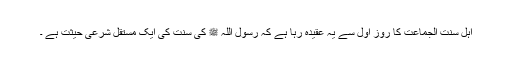
اہل سنت الجماعت کا روزِ اول سے یہ عقیدہ رہا ہے کہ رسول اللہ ﷺ کی سنت کی ایک مستقل شرعی حیثت ہے ۔